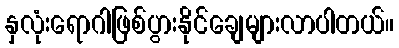
နှလုံးရောဂါဖြစ်ပွားနိုင်ချေများလာပါတယ်။